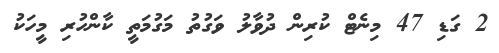
2 ގަޑި 47 މިނެޓް ކުރިން ދުވާލު ވަގުތު މަގުމަތީ ކާންހުރި މީހަކު